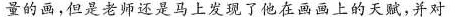
量的画，但是老师还是马上发现了他在画画上的天赋，并对